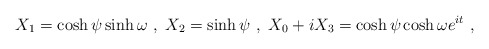
\begin{align*}X_1 = \cosh \psi \sinh \omega ~, ~ X_2 = \sinh \psi ~,~ X_0 + i X_3 = \cosh \psi \cosh \omega e^{i t} ~,\end{align*}